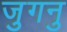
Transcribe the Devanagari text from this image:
जुगनु